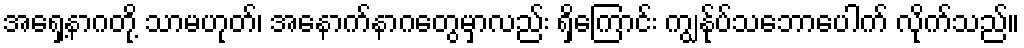
အရှေ့နာဂတို့ သာမဟုတ်၊ အနောက်နာဂတွေမှာလည်း ရှိကြောင်း ကျွန်ုပ်သဘောပေါက် လိုက်သည်။